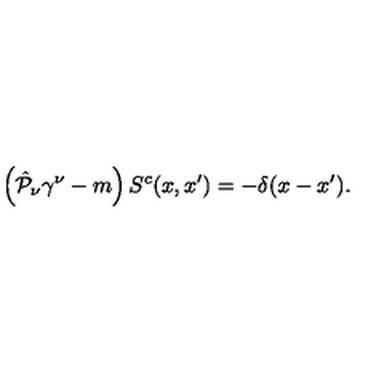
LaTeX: \left( \hat { { \cal P } } _ { \nu } \gamma ^ { \nu } - m \right) S ^ { c } ( x , x ^ { \prime } ) = - \delta ( x - x ^ { \prime } ) .